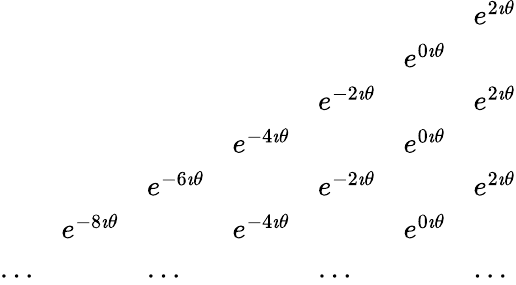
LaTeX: \begin{array}{lllllll}{{}}&{{}}&{{}}&{{}}&{{}}&{{}}&{{e^{2\imath\theta}}}\\ {{}}&{{}}&{{}}&{{}}&{{}}&{{e^{0\imath\theta}}}&{{}}\\ {{}}&{{}}&{{}}&{{}}&{{e^{-2\imath\theta}}}&{{}}&{{e^{2\imath\theta}}}\\ {{}}&{{}}&{{}}&{{e^{-4\imath\theta}}}&{{}}&{{e^{0\imath\theta}}}&{{}}\\ {{}}&{{}}&{{e^{-6\imath\theta}}}&{{}}&{{e^{-2\imath\theta}}}&{{}}&{{e^{2\imath\theta}}}\\ {{}}&{{e^{-8\imath\theta}}}&{{}}&{{e^{-4\imath\theta}}}&{{}}&{{e^{0\imath\theta}}}\\ {{\ldots}}&{{}}&{{\ldots}}&{{}}&{{\ldots}}&{{}}&{{\ldots}}\end{array}